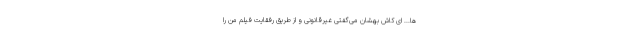
‌ها... ای کاش بهشان می‌گفتی غیرقانونی و از طریق رفقایت فیلم من را